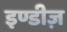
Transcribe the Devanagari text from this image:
इण्डीज़